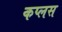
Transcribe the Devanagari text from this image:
कप्लस